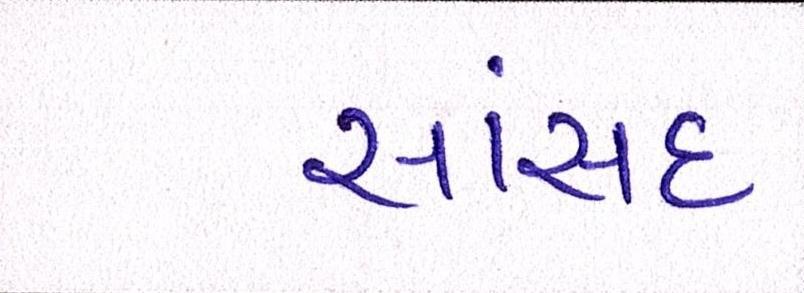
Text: સાંસદ